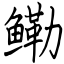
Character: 鳓